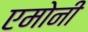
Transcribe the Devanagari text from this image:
एमोनी